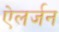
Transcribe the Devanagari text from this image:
ऐलर्जन